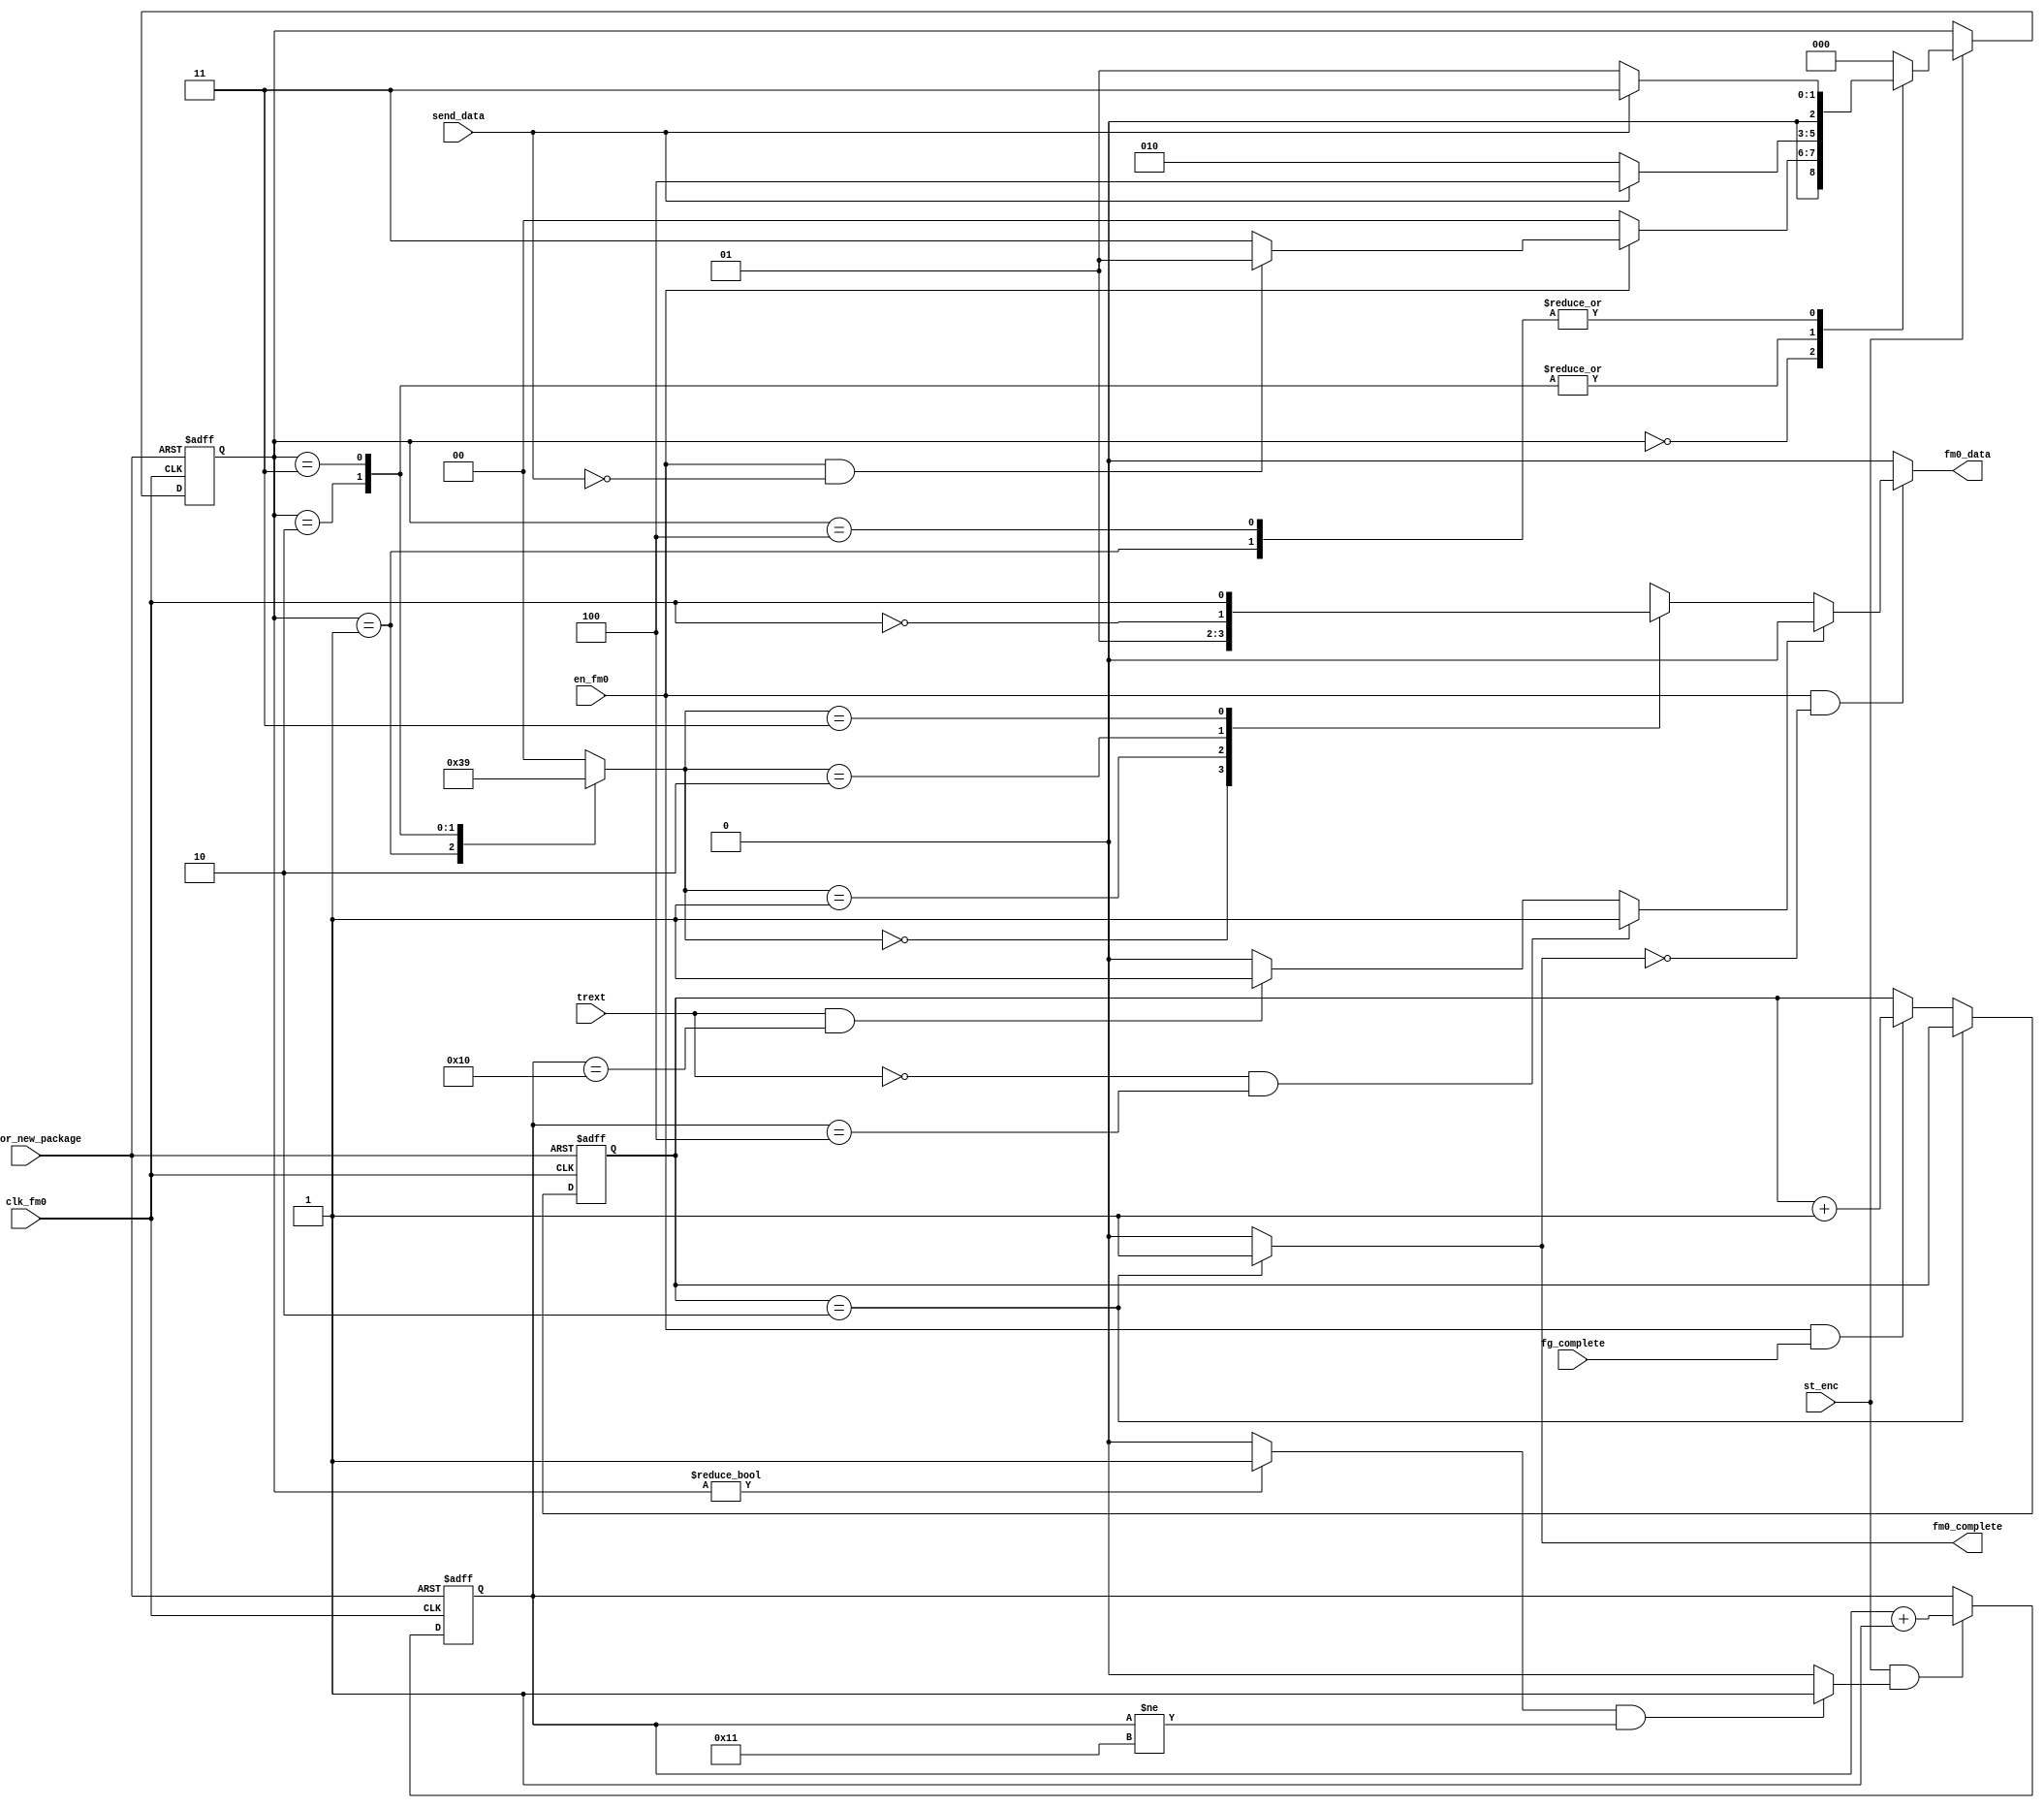
module fm0_enc
(
output fm0_data,
output fm0_complete,
input clk_fm0,
input rst_for_new_package,
input send_data,
input en_fm0,
input trext,
input st_enc,
input fg_complete
);
parameter GetData = 3'b000;
parameter Data0p  = 3'b001;
parameter Data0n  = 3'b010;
parameter Data1p  = 3'b011;
parameter Data1n  = 3'b100;
reg [2:0]ps;		
reg [2:0]ns;		
wire clk_fm0_n;
wire en_vcnt;		
wire start_enc;		
wire send_v;		
wire m2o;		
reg [1:0]data_select;
reg m1o;		
reg [4:0]v_cnt;		
reg [1:0]fg_comp_cnt;
assign clk_fm0_n = ~clk_fm0;
assign start_enc = (ps != GetData)? 1'b1 : 1'b0;
assign en_vcnt = (start_enc & (v_cnt != 5'h11))? 1'b1 : 1'b0;
assign send_v = (~trext & (v_cnt == 5'h04))? 1'b1 :
			   (trext & (v_cnt == 5'h10))? 1'b1 : 1'b0;
assign m2o = send_v? 1'b0 : m1o;
assign fm0_data = (en_fm0 & ~fm0_complete)? m2o : 1'b0;
always@(posedge clk_fm0 or negedge rst_for_new_package) begin
	if(~rst_for_new_package) ps <= GetData;
	else if(st_enc) ps <= ns;
end
always@(*) begin
	case(ps)
		GetData : if(~en_fm0) ns = GetData;
				  else if(en_fm0 & (~send_data)) ns = Data0p;
				  else ns = Data1p;
		Data0p  : if(~send_data) ns = Data0p;
				  else ns = Data1p;
		Data0n	: if(~send_data) ns = Data0n;
				  else ns = Data1n;
		Data1p	: if(~send_data) ns = Data0n;
				  else ns = Data1n;
		Data1n	: if(~send_data) ns = Data0p;
				  else ns = Data1p;
		default : ns = GetData;
	endcase
end
always@(*) begin
	case(ps)
		GetData : data_select = 2'h0;
		Data0p	: data_select = 2'h3;
		Data0n	: data_select = 2'h2;
		Data1p	: data_select = 2'h1;
		Data1n	: data_select = 2'h0;
		default : data_select = 2'h0;
	endcase
end
always@(*) begin
	case(data_select)
		2'h0 : m1o = 1'b0;
		2'h1 : m1o = 1'b1;
		2'h2 : m1o = clk_fm0_n;
		2'h3 : m1o = clk_fm0;
	endcase
end
always@(posedge clk_fm0 or negedge rst_for_new_package) begin
	if(~rst_for_new_package) v_cnt <= 5'h00;
	else begin
		if(st_enc & en_vcnt) v_cnt <= v_cnt + 5'h01;
	end
end
always@(posedge clk_fm0 or negedge rst_for_new_package) begin
	if(~rst_for_new_package) fg_comp_cnt <= 2'b0;
	else begin
		if(fg_comp_cnt == 2'b10) fg_comp_cnt <= fg_comp_cnt;
		else if(en_fm0 & fg_complete) fg_comp_cnt <= fg_comp_cnt + 2'b1;
	end
end
assign fm0_complete = (fg_comp_cnt == 2'b10)? 1'b1 : 1'b0;
endmodule